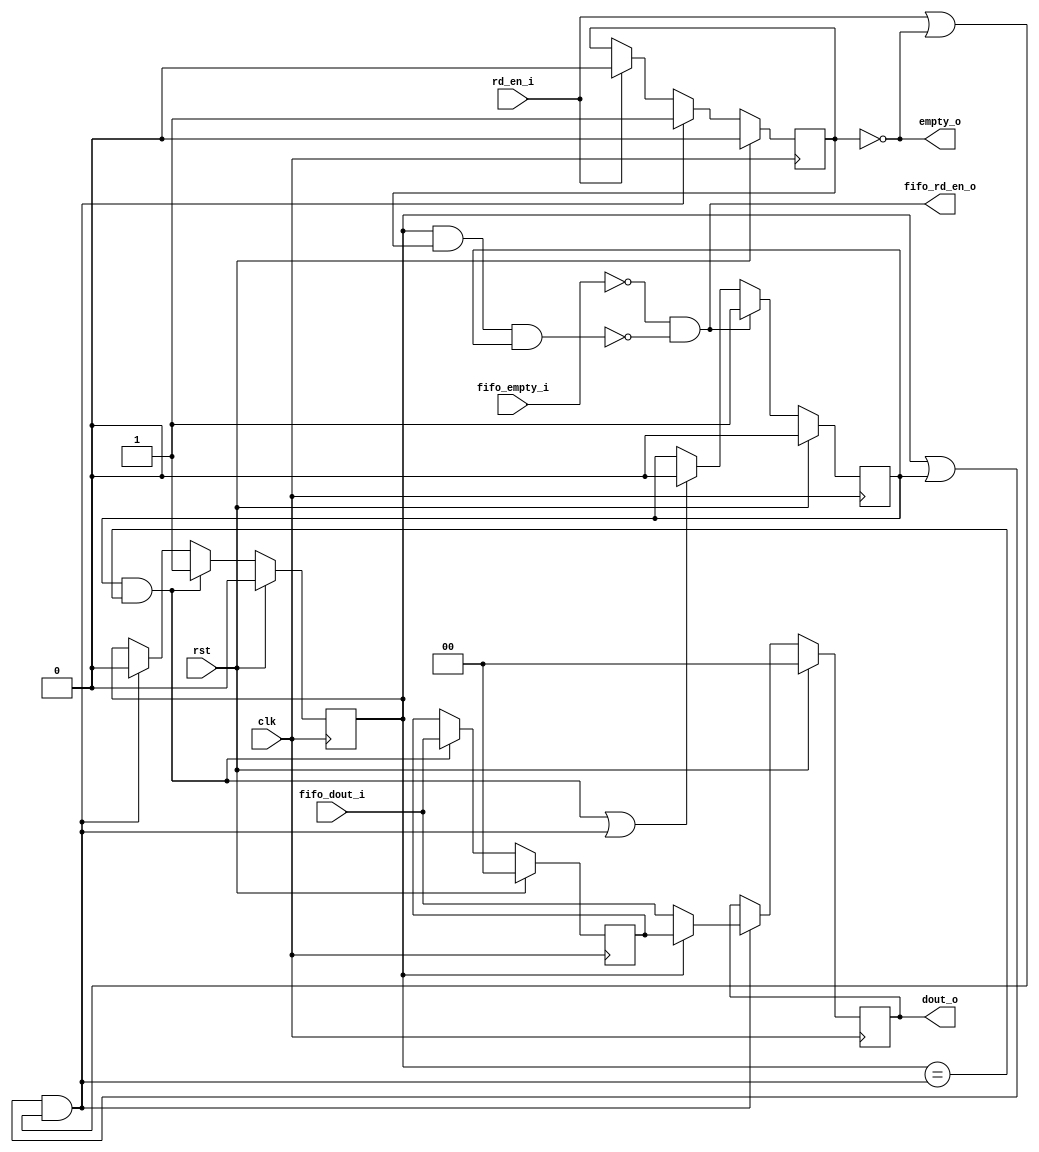
module fifo_fwft_adapter
  #(parameter DATA_WIDTH = 0)
   (input 	       clk,
    input 			rst,
    input 			rd_en_i,
    input 			fifo_empty_i,
    output 			fifo_rd_en_o,
    input [DATA_WIDTH-1:0] 	fifo_dout_i,
    output reg [DATA_WIDTH-1:0] dout_o,
    output 			empty_o);
   
   reg 				fifo_valid, middle_valid, dout_valid;
   reg [DATA_WIDTH-1:0] 	middle_dout;
   
   wire 			will_update_middle, will_update_dout;

   assign will_update_middle = fifo_valid && (middle_valid == will_update_dout);
   assign will_update_dout = (middle_valid || fifo_valid) && (rd_en_i || !dout_valid);
   assign fifo_rd_en_o = (!fifo_empty_i) && !(middle_valid && dout_valid && fifo_valid);
   assign empty_o = !dout_valid;

   always @(posedge clk)
      if (rst)
         begin
            fifo_valid <= 0;
            middle_valid <= 0;
            dout_valid <= 0;
            dout_o <= 0;
            middle_dout <= 0;
         end
      else
         begin
            if (will_update_middle)
               middle_dout <= fifo_dout_i;
            
            if (will_update_dout)
               dout_o <= middle_valid ? middle_dout : fifo_dout_i;
            
            if (fifo_rd_en_o)
               fifo_valid <= 1;
            else if (will_update_middle || will_update_dout)
               fifo_valid <= 0;
            
            if (will_update_middle)
               middle_valid <= 1;
            else if (will_update_dout)
               middle_valid <= 0;
            
            if (will_update_dout)
               dout_valid <= 1;
            else if (rd_en_i)
               dout_valid <= 0;
         end 
   
endmodule